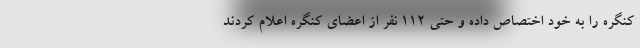
کنگره را به خود اختصاص داده و حتی ۱۱۲ نفر از اعضای کنگره اعلام کردند